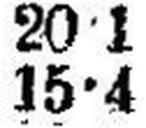
15•4